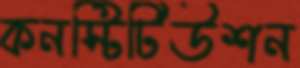
কনস্টিটিউশন